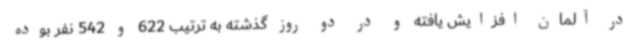
در آلمان افزایش یافته و در دو روز گذشته به ترتیب 622 و 542 نفر بوده